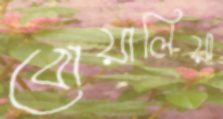
বোয়ালিয়া